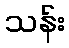
သန်း